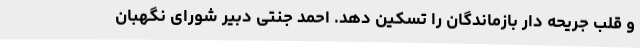
و قلب جریحه دار بازماندگان را تسکین دهد. احمد جنتی دبیر شورای نگهبان